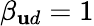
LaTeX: \beta_{\mathbf{u}d}=1